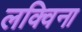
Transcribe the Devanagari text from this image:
लक्विना